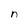
Character: n